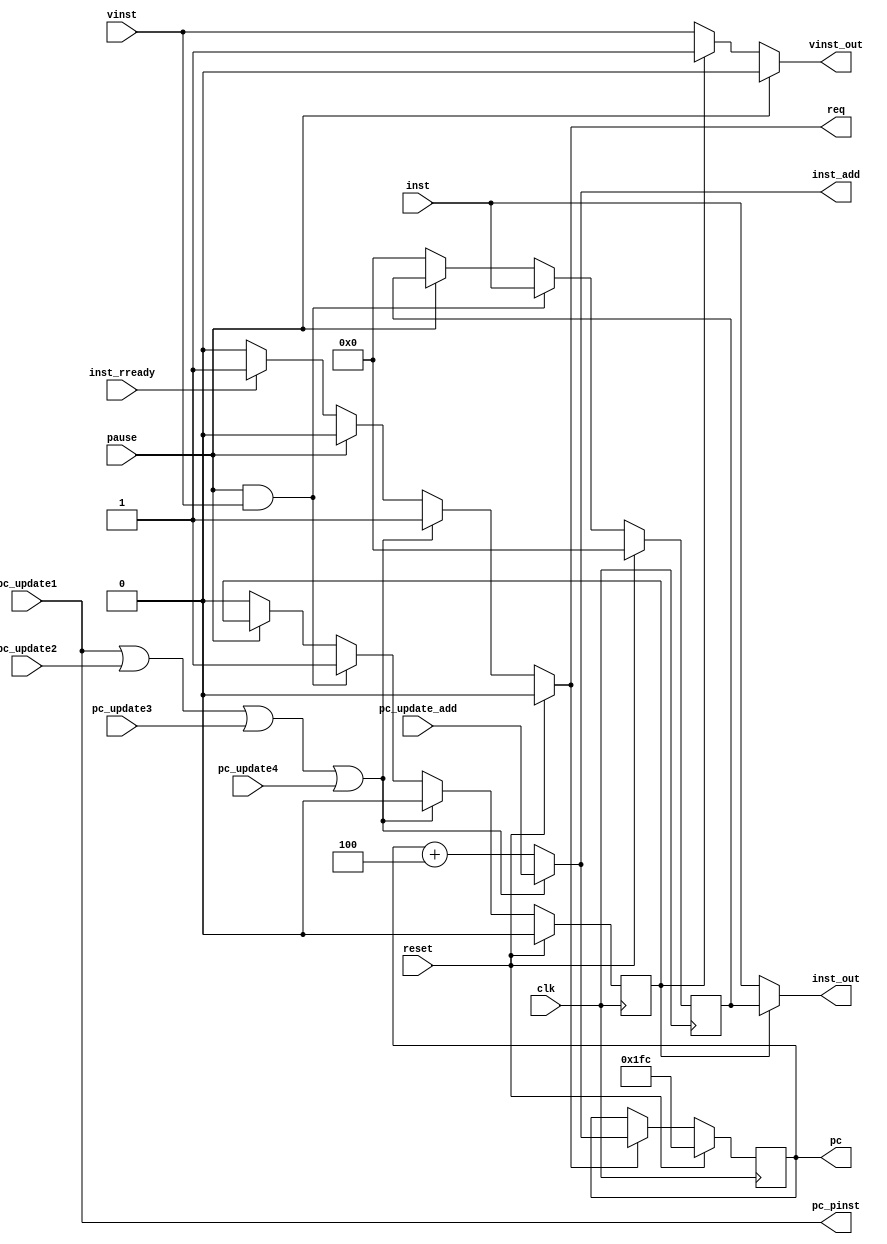
module prog_counter(
		input clk,
		input reset,
		input pause,
		
		input        pc_update1   ,
		input        pc_update2   ,
		input        pc_update3   ,
		input        pc_update4   ,
		input [31:0] pc_update_add,
		
		input         inst_rready,
		output        req        ,
		output [31:0] inst_add   ,
		input         vinst      ,
		input [31:0]  inst       ,
		
		output pc_pinst,
		output [31:0] pc,
		output [31:0] inst_out,
		output vinst_out
    );
	
	wire pc_update = pc_update1 | pc_update2 | pc_update3 | pc_update4 ;
	
	reg reg_pinst;
	reg [31:0] reg_pc;  // current instruction address
	
	wire [31:0] wire_pc = pc_update ? pc_update_add
	:                                  reg_pc + 32'd4 ;
	
	always@(posedge clk) if (reset) reg_pc <= 32'h000001fc ; else if (req) reg_pc <= wire_pc ;
	
	always@(posedge clk) if (reset) reg_pinst <=  1'b0 ; else if (req) reg_pinst <= pc_update1 ;
	
//-------------------------------------------------------------- Output signals
	
	assign req = (reset      ) ? 1'b0 
	:            (pc_update  ) ? 1'b1 
	:            (pause      ) ? 1'b0 
	:            (inst_rready) ? 1'b1 
	:            1'b0;
	
	assign inst_add = wire_pc;
//-------------------------------------------------------------- Buffer stage
	wire buffer_en = pause & vinst;
	
	reg buffer_full; 
	always@(posedge clk) begin
		if      ( reset     ) buffer_full<=1'b0; 
		else if ( pc_update ) buffer_full<=1'b0; 
		else if ( buffer_en ) buffer_full<=1'b1; 
		else if ( !pause    ) buffer_full<=1'b0;
	end
	
	reg [31:0] buffer_inst; 
	always@(posedge clk) begin
		if      ( reset     ) buffer_inst<=32'd0; 
		else if ( buffer_en ) buffer_inst<=inst; 
		else if ( !pause    ) buffer_inst<=32'd0;
	end
	
//-------------------------------------------------------------- Output signals
	
	assign pc_pinst = pc_update1  ;
	assign pc       = reg_pc ;
	assign inst_out = buffer_full ? buffer_inst : inst ;
	
	assign vinst_out = pause       ? 1'b0 
	:                  buffer_full ? 1'b1
	:                                vinst ;
	
endmodule